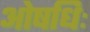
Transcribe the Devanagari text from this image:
ओषधिः